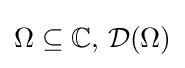
\Omega \subseteq \mathbb {C} ,\,{\mathcal {D}}(\Omega )